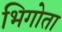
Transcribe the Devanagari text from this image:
भिगोता